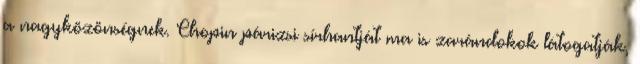
a nagyközönségnek. Chopin párizsi sírhantját ma is zarándokok látogatják,